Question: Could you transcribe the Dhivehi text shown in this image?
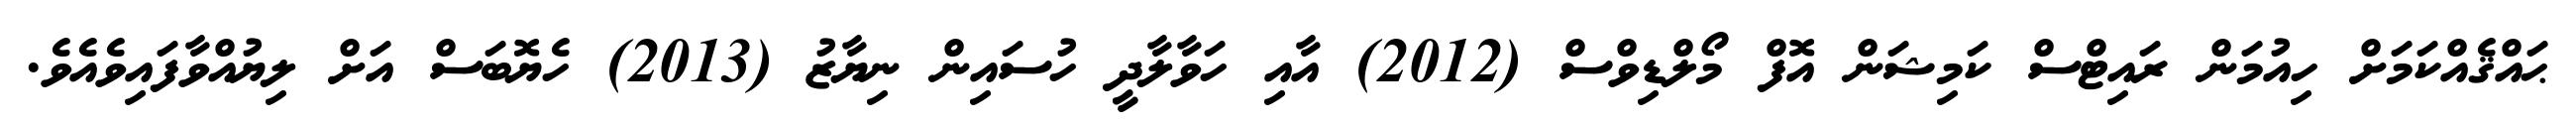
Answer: ޙައްޤެއްކަމަށް ހިއުމަން ރައިޓްސް ކަމިޝަން އޮފް މޯލްޑިވްސް (2012) އާއި ހަވާލާދީ ހުސައިން ނިޔާޒު (2013) ހެޔޮބަސް އަށް ލިޔުއްވާފައިވެއެވެ.